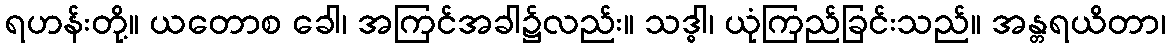
ရဟန်းတို့။ ယတောစ ခေါ၊ အကြင်အခါ၌လည်း။ သဒ္ဓါ၊ ယုံကြည်ခြင်းသည်။ အန္တရယိတာ၊